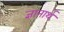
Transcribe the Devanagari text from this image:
ज्ञानार्थ